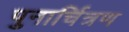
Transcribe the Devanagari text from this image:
पुनार्चित्रण